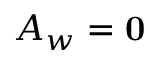
A _ { w } = \mathbf { 0 }